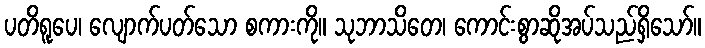
ပတိရူပေ၊ လျောက်ပတ်သော စကားကို။ သုဘာသိတေ၊ ကောင်းစွာဆိုအပ်သည်ရှိသော်။